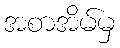
အစာအိမ်မှ